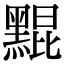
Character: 䵪